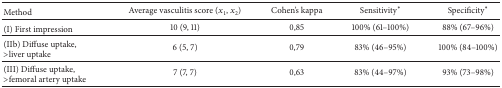
| Method | Average vasculitis score (x1, x2) | Cohen's kappa | Sensitivity* | Specificity* |
 | --- | --- | --- | --- | --- |
 | (I) First impression | 10 (9, 11) | 0,85 | 100% (61–100%) | 88% (67–96%) |
 | (IIb) Diffuse uptake,>liver uptake | 6 (5, 7) | 0,79 | 83% (46–95%) | 100% (84–100%) |
 | (III) Diffuse uptake,>femoral artery uptake | 7 (7, 7) | 0,63 | 83% (44–97%) | 93% (73–98%) |